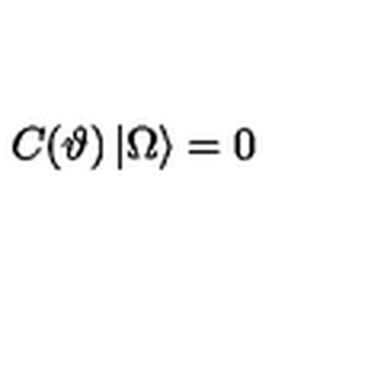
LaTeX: C ( \vartheta ) \left| \Omega \right\rangle = 0